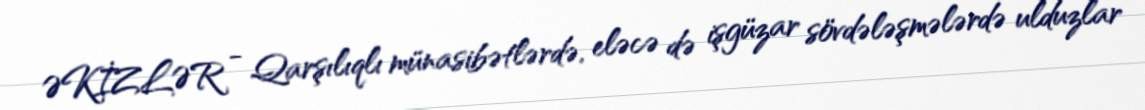
ƏKİZLƏR - Qarşılıqlı münasibətlərdə, eləcə də işgüzar sövdələşmələrdə ulduzlar